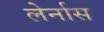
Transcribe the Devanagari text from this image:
लेर्नास